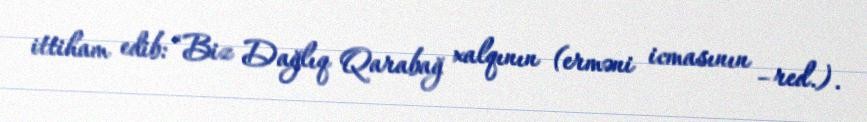
ittiham edib: “Biz Dağlıq Qarabağ xalqının (erməni icmasının –red.).